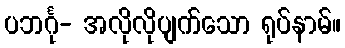
ပဘင်္ဂု- အလိုလိုပျက်သော ရုပ်နာမ်။